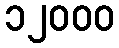
၁၂၀၀၀